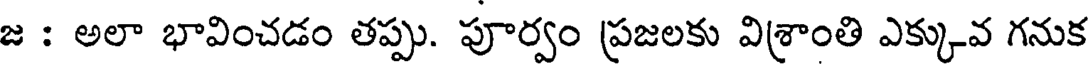
జ : అలా భావించడం తప్పు. పూర్వం ప్రజలకు విశ్రాంతి ఎక్కువ గనుక